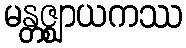
မန္တဇ္ဈာယကဿ